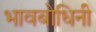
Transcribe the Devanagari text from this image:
भावबोधिनी